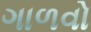
ગાળવો